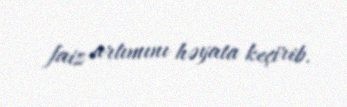
faiz artımını həyata keçirib.